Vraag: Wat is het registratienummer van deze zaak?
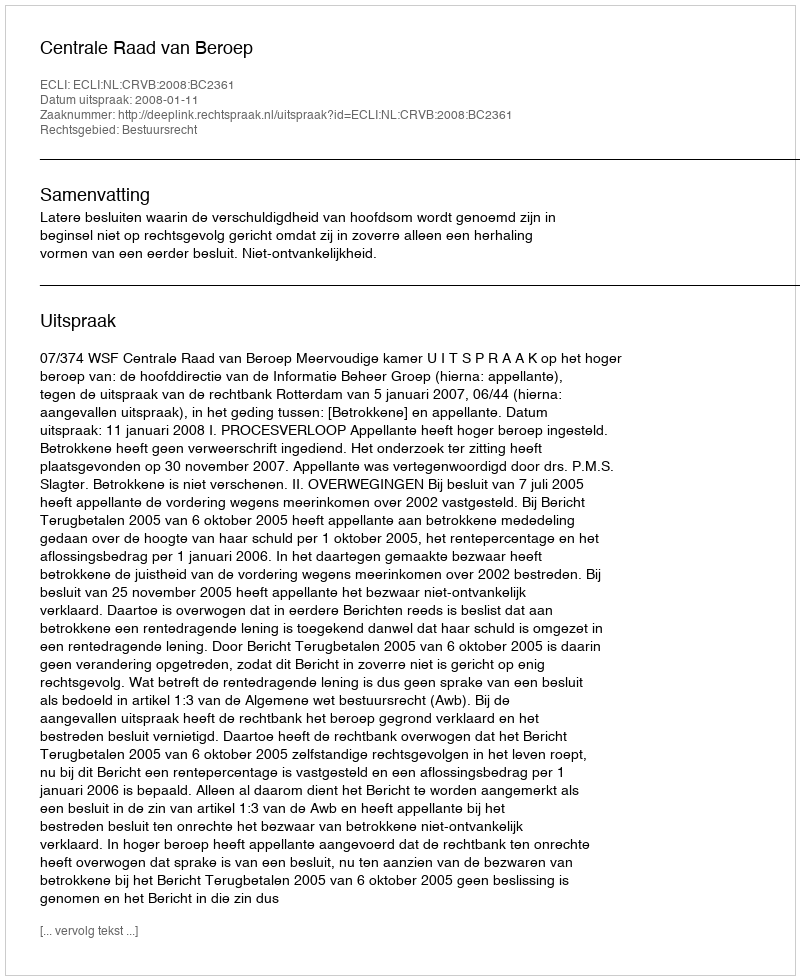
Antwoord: http://deeplink.rechtspraak.nl/uitspraak?id=ECLI:NL:CRVB:2008:BC2361